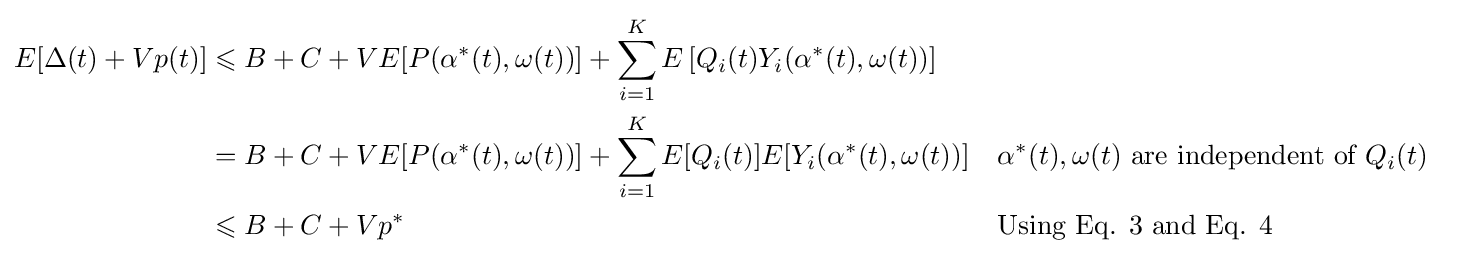
{\begin{aligned}E[\Delta (t)+Vp(t)]&\leqslant B+C+VE[P(\alpha ^{*}(t),\omega (t))]+\sum _{i=1}^{K}E\left[Q_{i}(t)Y_{i}(\alpha ^{*}(t),\omega (t))\right]\\&=B+C+VE[P(\alpha ^{*}(t),\omega (t))]+\sum _{i=1}^{K}E[Q_{i}(t)]E[Y_{i}(\alpha ^{*}(t),\omega (t))]&&\alpha ^{*}(t),\omega (t){\text{ are independent of }}Q_{i}(t)\\&\leqslant B+C+Vp^{*}&&{\text{Using Eq. 3 and Eq. 4}}\end{aligned}}